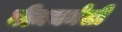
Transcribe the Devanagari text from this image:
नीमचमेली